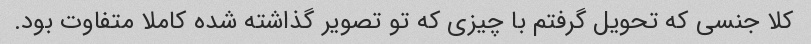
کلا جنسی که تحویل گرفتم با چیزی که تو تصویر گذاشته شده کاملا متفاوت بود.